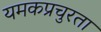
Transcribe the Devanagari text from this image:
यमकप्रचुरता